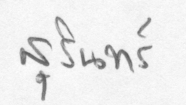
สุรินทร์